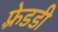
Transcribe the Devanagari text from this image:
फ़्रेडडी